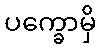
ပက္ခောမှိ